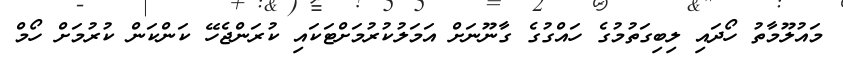
މައުލޫމާތު ހޯދައި ލިބިގަތުމުގެ ހައްގުގެ ގާނޫނަށް އަމަލުކުރުމަށްޓަކައި ކުރަންޖެހޭ ކަންކަން ކުރުމަށް ހޯމް